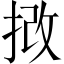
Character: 𢭮